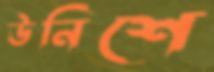
উনিশে